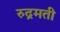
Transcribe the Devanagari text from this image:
रुद्रमती